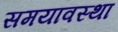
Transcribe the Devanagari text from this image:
समयावस्था